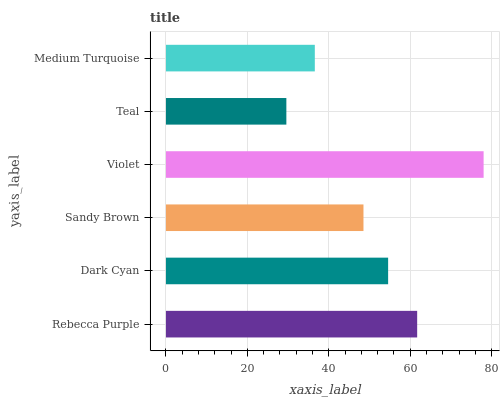
| yaxis_label | bars |
 | --- | --- |
 | Rebecca Purple | 61.7 |
 | Dark Cyan | 54.6 |
 | Sandy Brown | 48.5 |
 | Violet | 78 |
 | Teal | 29.6 |
 | Medium Turquoise | 36.6 |